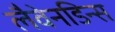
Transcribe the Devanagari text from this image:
लैवेनडिन्स